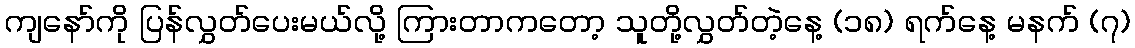
ကျနော်ကို ပြန်လွှတ်ပေးမယ်လို့ ကြားတာကတော့ သူတို့လွှတ်တဲ့နေ့ (၁၈) ရက်နေ့ မနက် (၇)